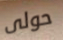
حولى